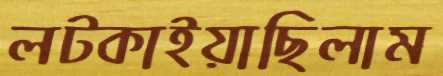
লট্‌কাইয়াছিলাম